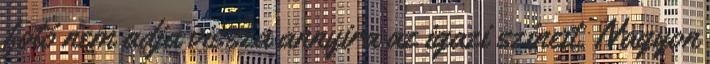
fotó nem adja vissza annyira az igazi színeit. Nagyon